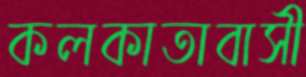
কলকাতাবাসী